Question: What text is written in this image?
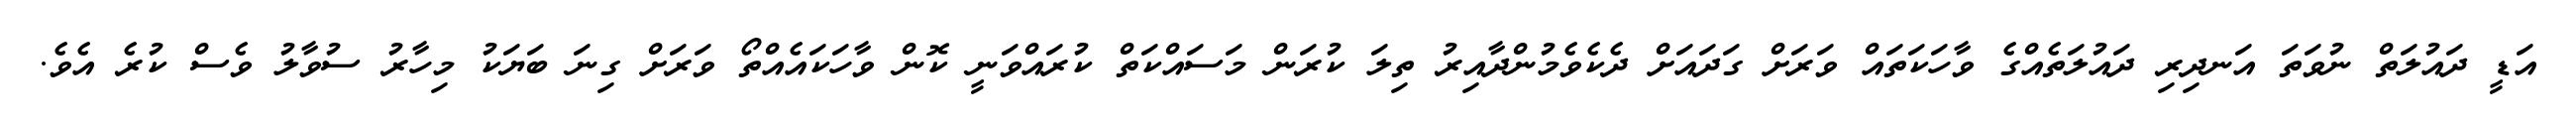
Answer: އަޑީ ދައުލަތް ނުވަތަ އަނދިރި ދައުލަތެއްގެ ވާހަކަތައް ވަރަށް ގަދައަށް ދެކެވެމުންދާއިރު ތިލަ ކުރަން މަސައްކަތް ކުރައްވަނީ ކޮން ވާހަކައެއްތޯ ވަރަށް ގިނަ ބަޔަކު މިހާރު ސުވާލު ވެސް ކުރެ އެވެ.